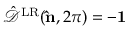
\hat { \mathcal { D } } ^ { \mathrm { L R } } ( { \bf \hat { n } } , 2 \pi ) = - { \bf 1 }